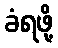
ခံရဖို့